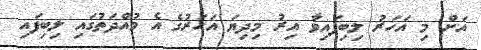
އަށް މި އަހަރު ލިބިފައިވާ އިރު މިދިޔަ އަހަރުގެ އެ މުއްދަތުގައި ލިބިފައި